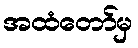
အထံတော်မှ